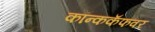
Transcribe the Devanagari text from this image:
कॉन्ककॅफवर